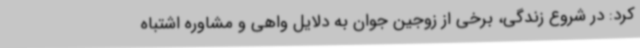
کرد: در شروع زندگی، برخی از زوجین جوان به دلایل واهی و مشاوره اشتباه